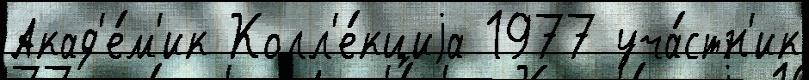
Акад'е́м'ик Колл'е́кциjа 1977 уча́стн'ик